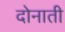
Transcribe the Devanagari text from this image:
दोनाती